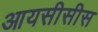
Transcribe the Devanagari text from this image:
आयसीसीस